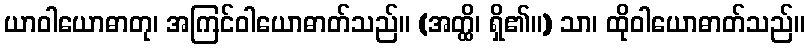
ယာဝါယောဓာတု၊ အကြင်ဝါယောဓာတ်သည်။ (အတ္ထိ၊ ရှိ၏။) သာ၊ ထိုဝါယောဓာတ်သည်။